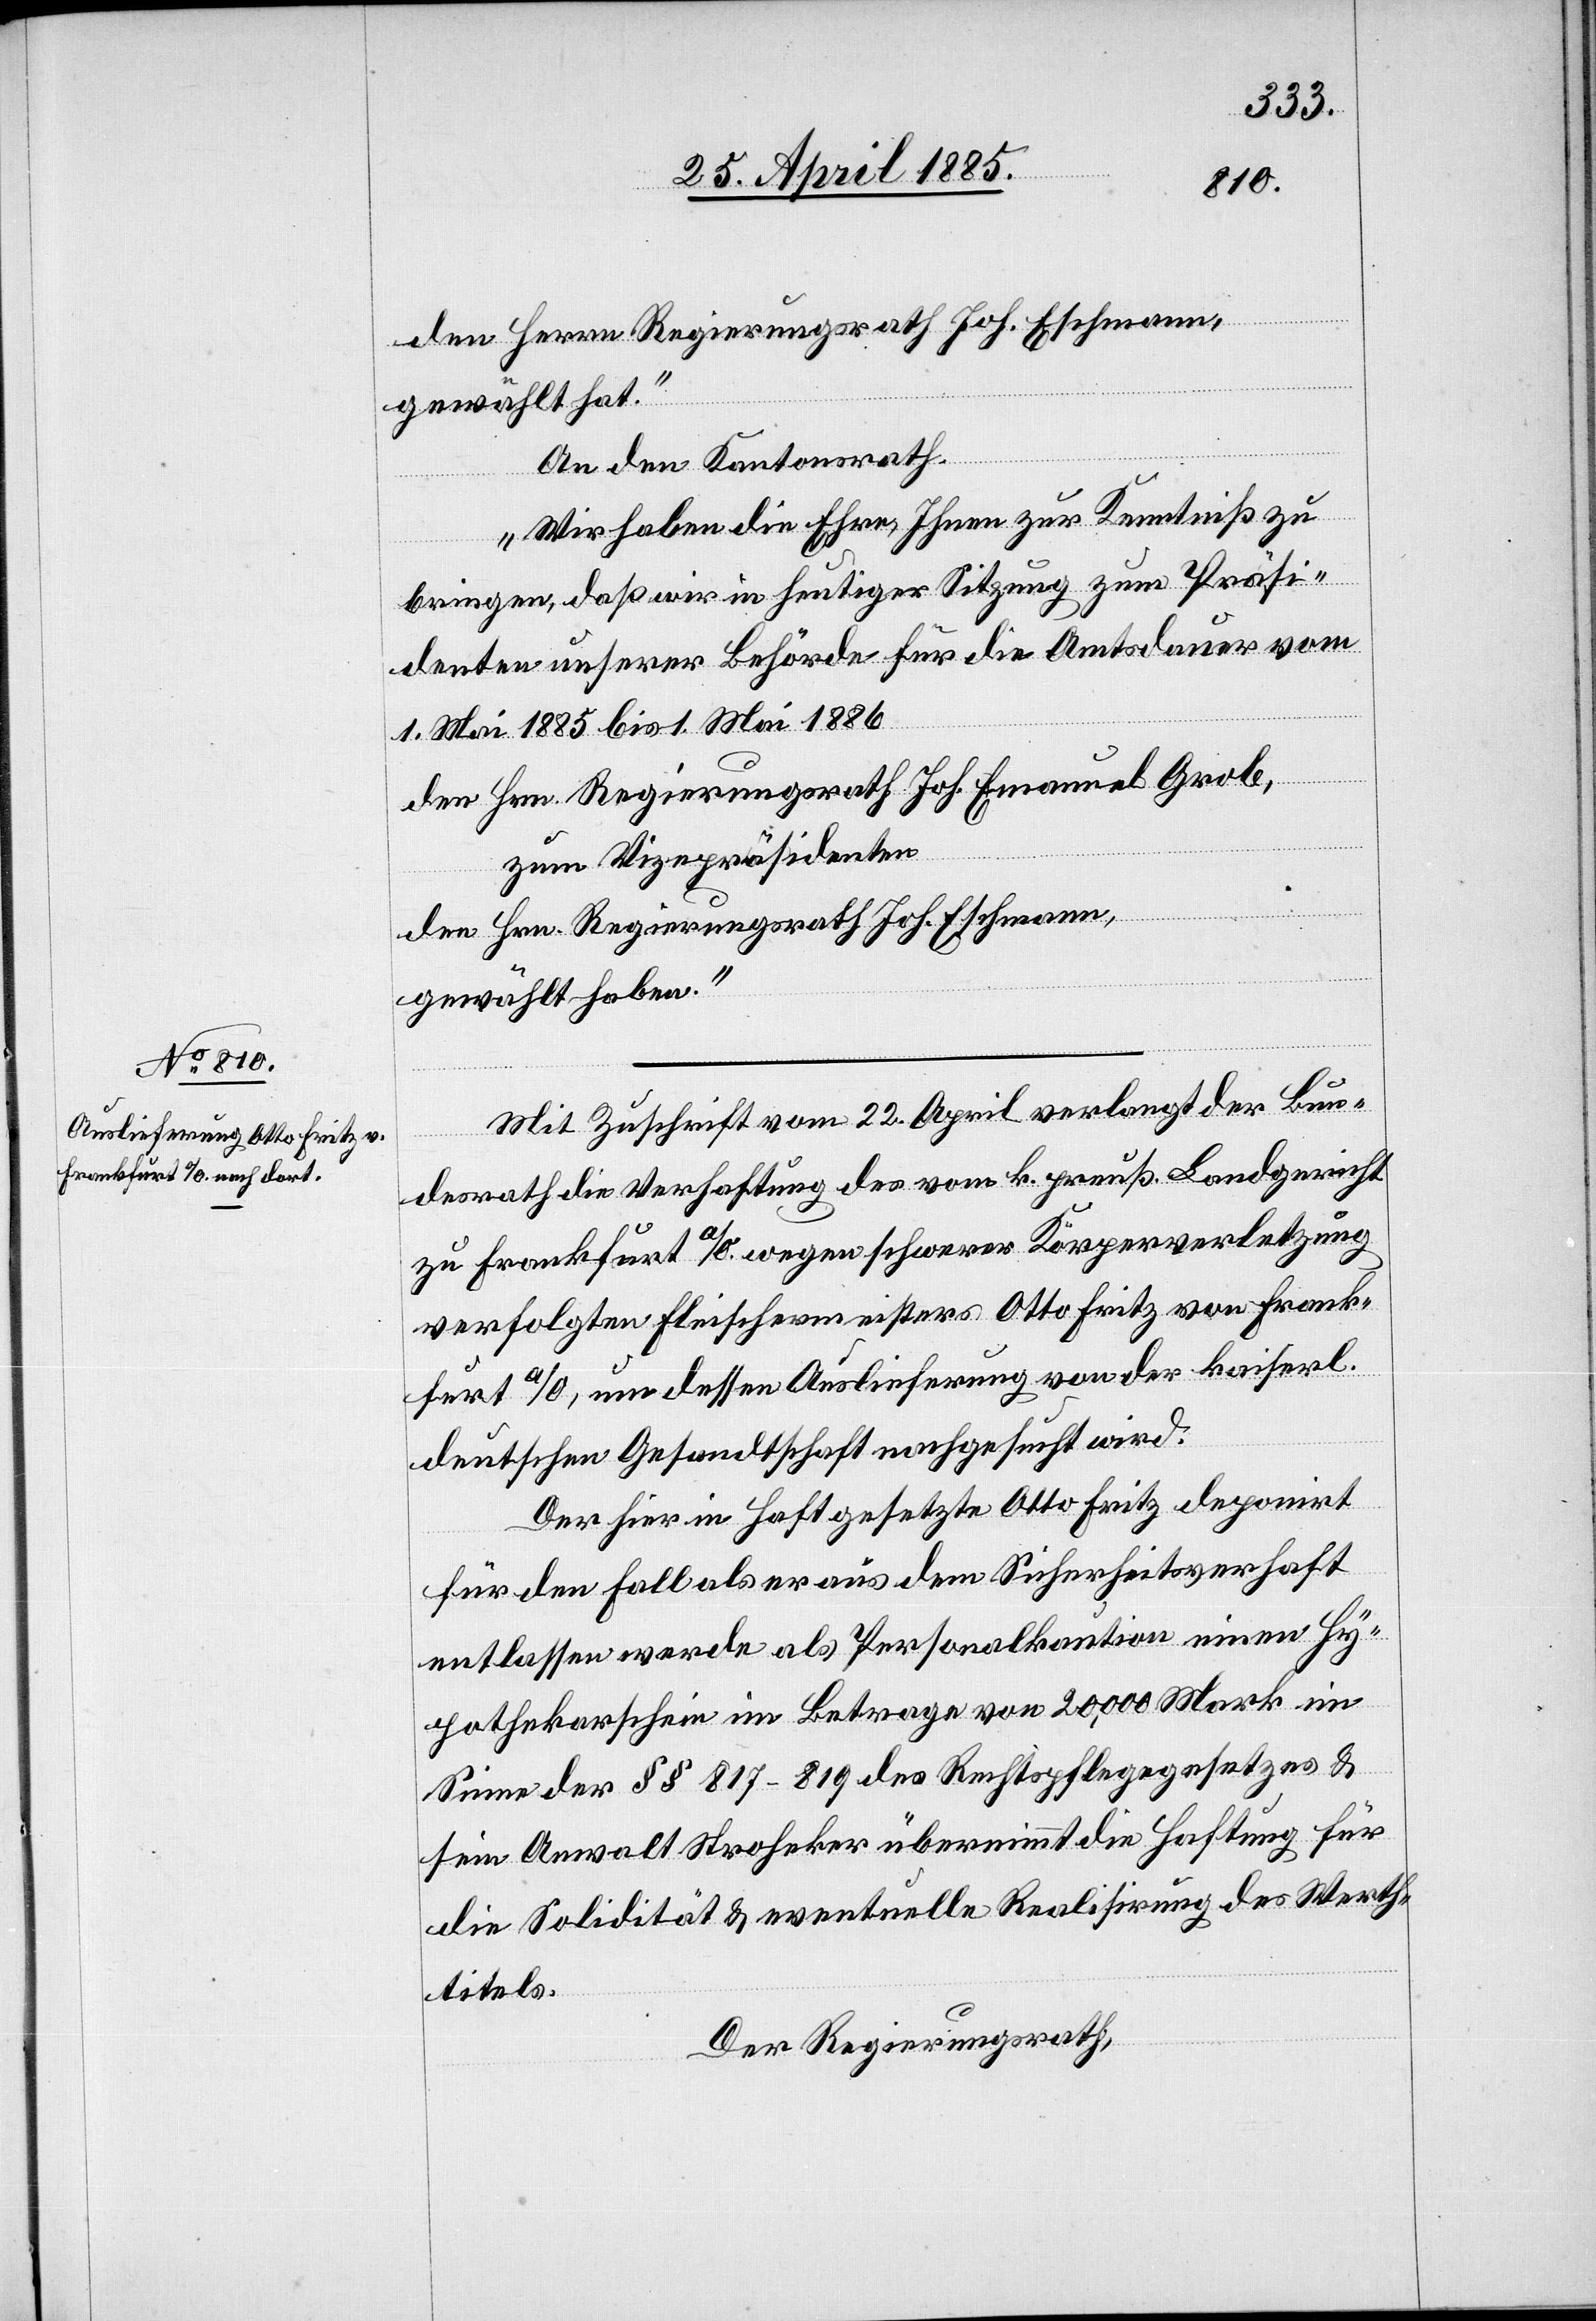
den Herrn Regierungsrath Joh. Eschmann,
gewählt hat.“
An den Kantonsrath.
„Wir haben die Ehre, Ihnen zur Kenntniß zu
bringen, daß wir in heutiger Sitzung zum Präsi¬
denten unserer Behörde für die Amtsdauer vom
1. Mai 1885 bis 1. Mai 1886
den Hrn. Regierungsrath Joh. Emanuel Grob,
zum Vicepräsidenten
den Hrn. Regierungsrath Joh. Eschmann,
gewählt haben.“
Mit Zuschrift vom 22. April verlangt der Bun¬
desrath Verhaftung des vom k. preuß. Landgericht
zu Frankfurt a/O. wegen schwerer Körperverletzung
verfolgten Fleischermeisters Otto Fritz von Frank¬
furt a/O., um dessen Auslieferung von der kaiserl.
deutschen Gesandtschaft nachgesucht wird.
Der hier in Haft gesetzte Otto Fritz deponirt
für den Fall als er aus dem Sicherheitsverhaft
entlassen werde als Personalkaution einen Hy¬
pothekarschein im Betrage von 20,000 Mark im
Sinne der §§ 817–819 des Rechtspflegegesetzes &
sein Anwalt Stroheker übernimmt die Haftung für
die Solidität & eventuelle Realisirung des Werth¬
titels.
Der Regierungsrath,